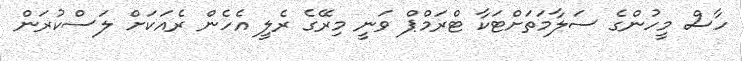
ހާސް މީހުންގެ ސަލާމަތަށްޓަކާ ޓްރަމްޕް ވަނީ މިރޭގެ ރެލީ އެހެން ރެއަކަށް ލަސްކުރަން